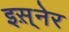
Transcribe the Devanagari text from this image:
इस़्नेर